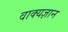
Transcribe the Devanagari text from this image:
वाक्यज्ञान